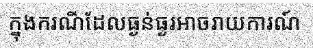
ក្នុងករណីដែលធ្ងន់ធ្ងរអាចរាយការណ៍